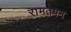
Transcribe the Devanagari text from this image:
रामतपन